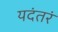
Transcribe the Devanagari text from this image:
यदंतरं